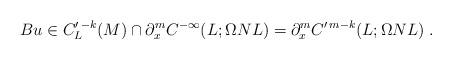
LaTeX: \begin{align*}Bu\in C^{\prime\,-k}_L(M)\cap\partial_x^mC^{-\infty}(L;\Omega NL)=\partial_x^mC^{\prime\,m-k}(L;\Omega NL)\;.\end{align*}